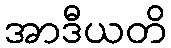
အာဒီယတိ